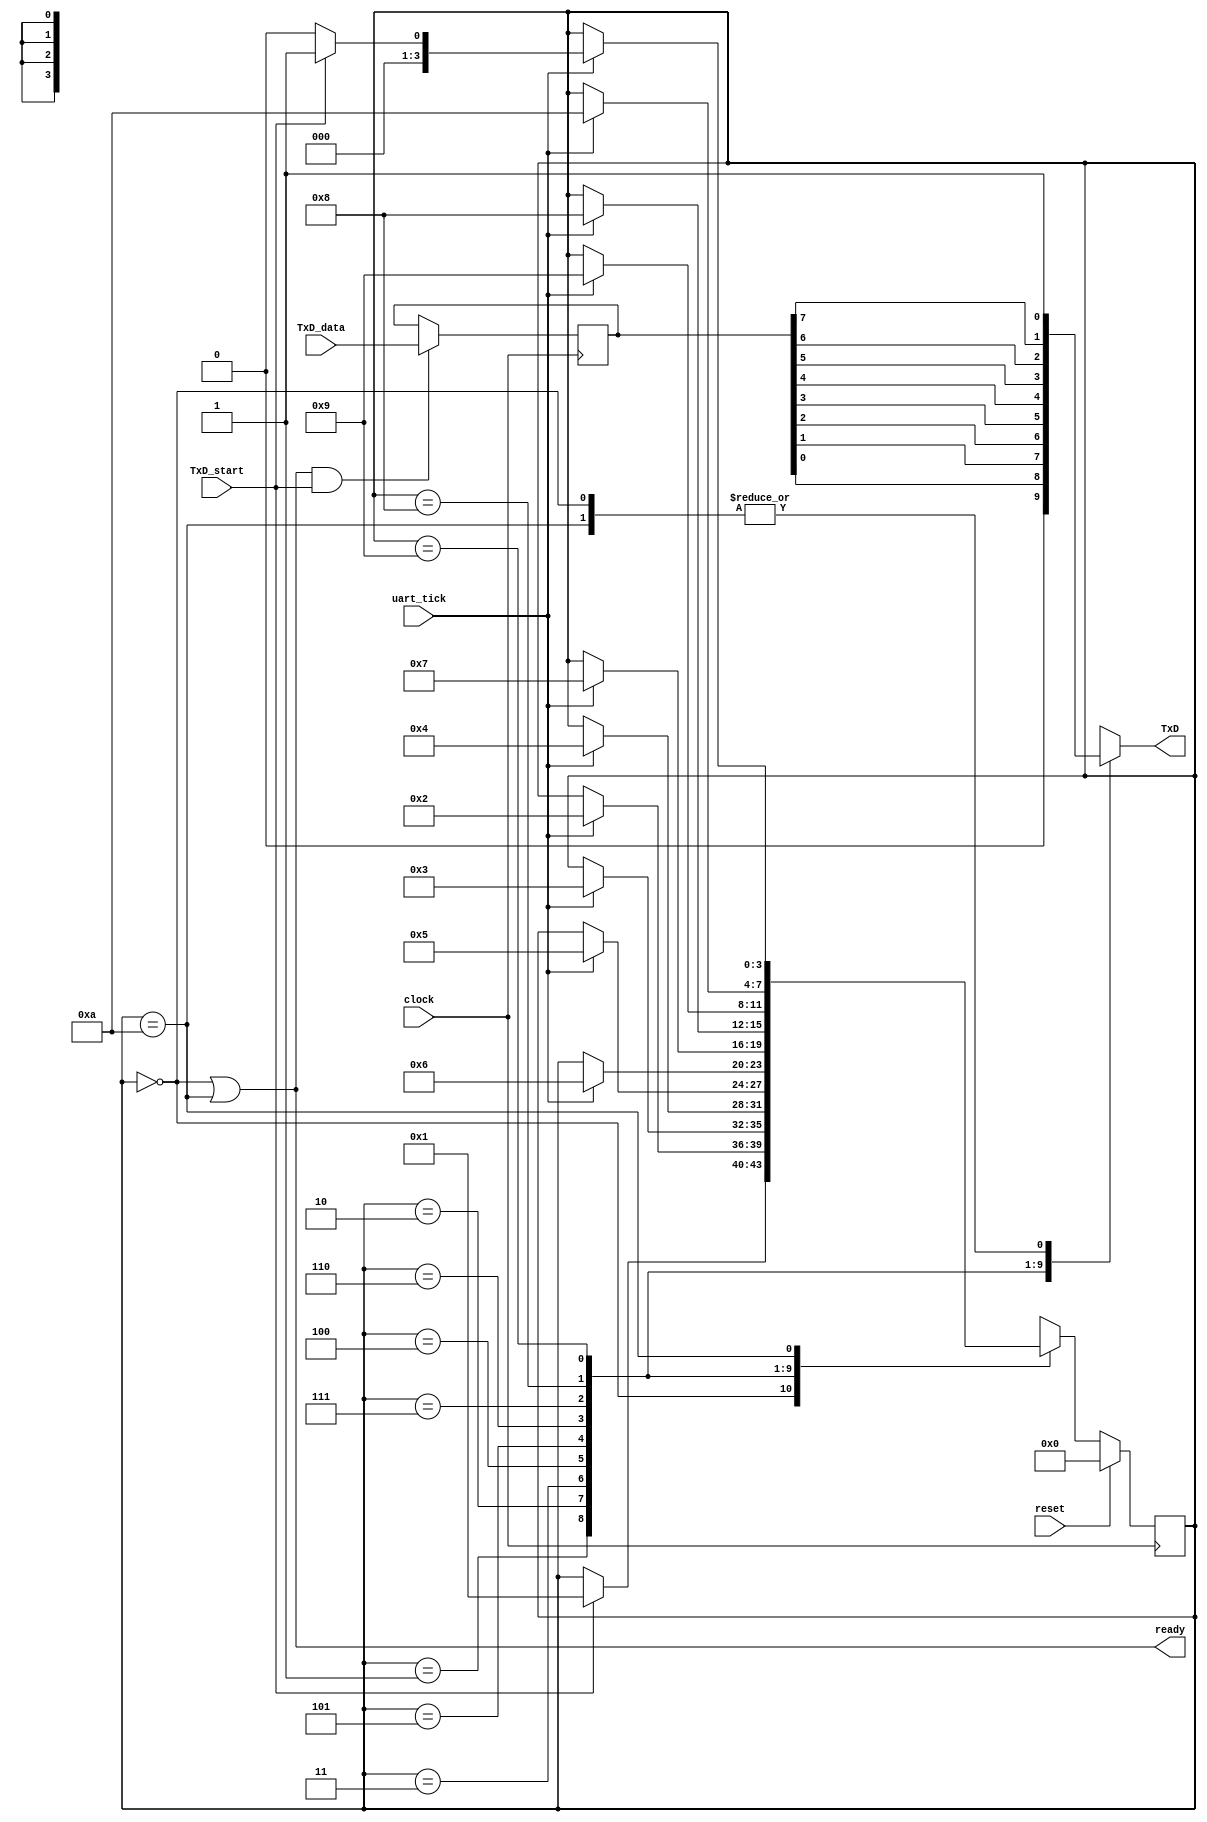
module uart_tx (
    input clock,
    input reset,
    input uart_tick,
    input [7:0] TxD_data,
    input TxD_start,    // Must happen with a uart_tick
    output ready,
    output reg TxD
    );

    localparam [3:0] IDLE=0, START=1, BIT_0=2, BIT_1=3, BIT_2=4, BIT_3=5,
                     BIT_4=6, BIT_5=7, BIT_6=8, BIT_7=9, STOP=10;

    reg [3:0] tx_state = IDLE;
    reg [7:0] TxD_data_r = 8'h00;    // Registered input data so it doesn't need to be held

    assign ready = (tx_state == IDLE) || (tx_state == STOP);

    always @(posedge clock) begin
        TxD_data_r <= (ready & TxD_start) ? TxD_data : TxD_data_r;
    end

    always @(posedge clock) begin
        if (reset) tx_state <= IDLE;
        else begin
            case (tx_state)
                IDLE:   if (TxD_start) tx_state <= START;
                START:  if (uart_tick) tx_state <= BIT_0;
                BIT_0:  if (uart_tick) tx_state <= BIT_1;
                BIT_1:  if (uart_tick) tx_state <= BIT_2;
                BIT_2:  if (uart_tick) tx_state <= BIT_3;
                BIT_3:  if (uart_tick) tx_state <= BIT_4;
                BIT_4:  if (uart_tick) tx_state <= BIT_5;
                BIT_5:  if (uart_tick) tx_state <= BIT_6;
                BIT_6:  if (uart_tick) tx_state <= BIT_7;
                BIT_7:  if (uart_tick) tx_state <= STOP;
                STOP:   if (uart_tick) tx_state <= (TxD_start) ? START : IDLE;
                default: tx_state <= 4'bxxxx;
            endcase
        end
    end

    always @(tx_state, TxD_data_r) begin
        case (tx_state)
            IDLE:    TxD <= 1'b1;
            START:   TxD <= 1'b0;
            BIT_0:   TxD <= TxD_data_r[0];
            BIT_1:   TxD <= TxD_data_r[1];
            BIT_2:   TxD <= TxD_data_r[2];
            BIT_3:   TxD <= TxD_data_r[3];
            BIT_4:   TxD <= TxD_data_r[4];
            BIT_5:   TxD <= TxD_data_r[5];
            BIT_6:   TxD <= TxD_data_r[6];
            BIT_7:   TxD <= TxD_data_r[7];
            STOP:    TxD <= 1'b1;
            default: TxD <= 1'bx;
        endcase
    end

endmodule